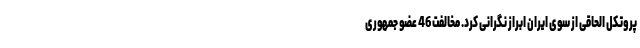
پروتکل الحاقی از سوی ایران ابراز نگرانی کرد. مخالفت 46 عضو جمهوری